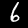
Label: 6